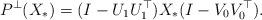
LaTeX: \begin{align*} P^{\perp}(X_*) = (I - U_1 U^{\top}_1) X_* (I - V_0 V_0^{\top}). \end{align*}